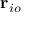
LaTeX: \mathbf { r } _ { i o }